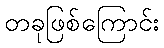
တခုဖြစ်ကြောင်း